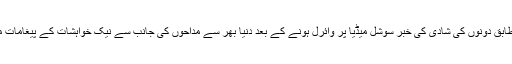
بھارتی میڈیا کے مطابق دونوں کی شادی کی خبر سوشل میڈیا پر وائرل ہونے کے بعد دنیا بھر سے مداحوں کی جانب سے نیک خواہشات کے پیغامات موصول ہورہے ہیں۔